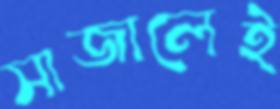
সাজালেই